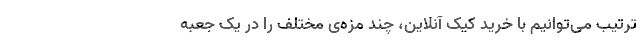
ترتیب می‌توانیم با خرید کیک آنلاین، چند مزه‌ی مختلف را در یک جعبه